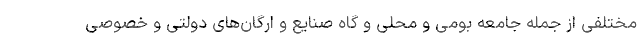
مختلفی از جمله جامعه بومی و محلی و گاه صنایع و ارگان‌های دولتی و خصوصی